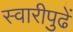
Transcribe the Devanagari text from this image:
स्वारीपुढें